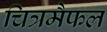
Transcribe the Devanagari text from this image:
चित्रमैफल